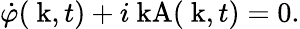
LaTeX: \dot{\varphi}(\mathrm{\mathbf~k},t)+i\mathrm{\mathbf~kA}(\mathrm{\mathbf~k},t)=0.